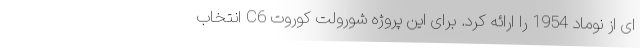
ای از نوماد 1954 را ارائه کرد. برای این پروژه شورولت کوروت C6 انتخاب